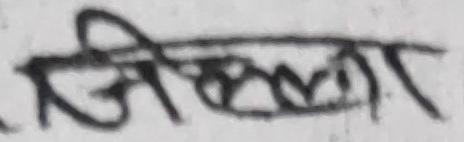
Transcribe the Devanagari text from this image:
स्वीकार